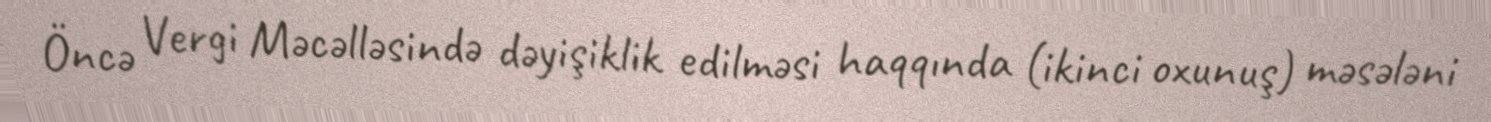
Öncə Vergi Məcəlləsində dəyişiklik edilməsi haqqında (ikinci oxunuş) məsələni